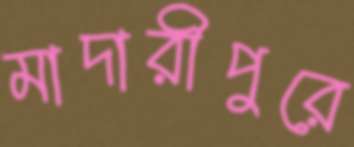
মাদারীপুরে